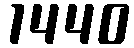
1440